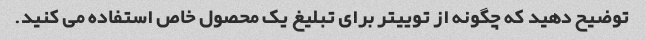
توضیح دهید که چگونه از توییتر برای تبلیغ یک محصول خاص استفاده می کنید.